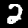
Digit: 2